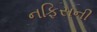
નફિસની